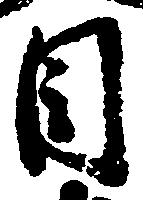
目